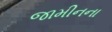
જામીનના